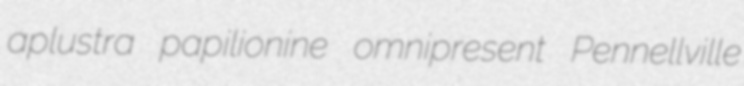
aplustra papilionine omnipresent Pennellville